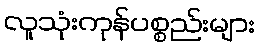
လူသုံးကုန်ပစ္စည်းများ